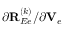
{ \partial { \bf R } _ { E e } ^ { ( k ) } } / { \partial { \bf V } _ { e } }